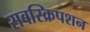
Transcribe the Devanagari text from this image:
सबस्क्रिपशन